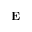
\mathbf { E }